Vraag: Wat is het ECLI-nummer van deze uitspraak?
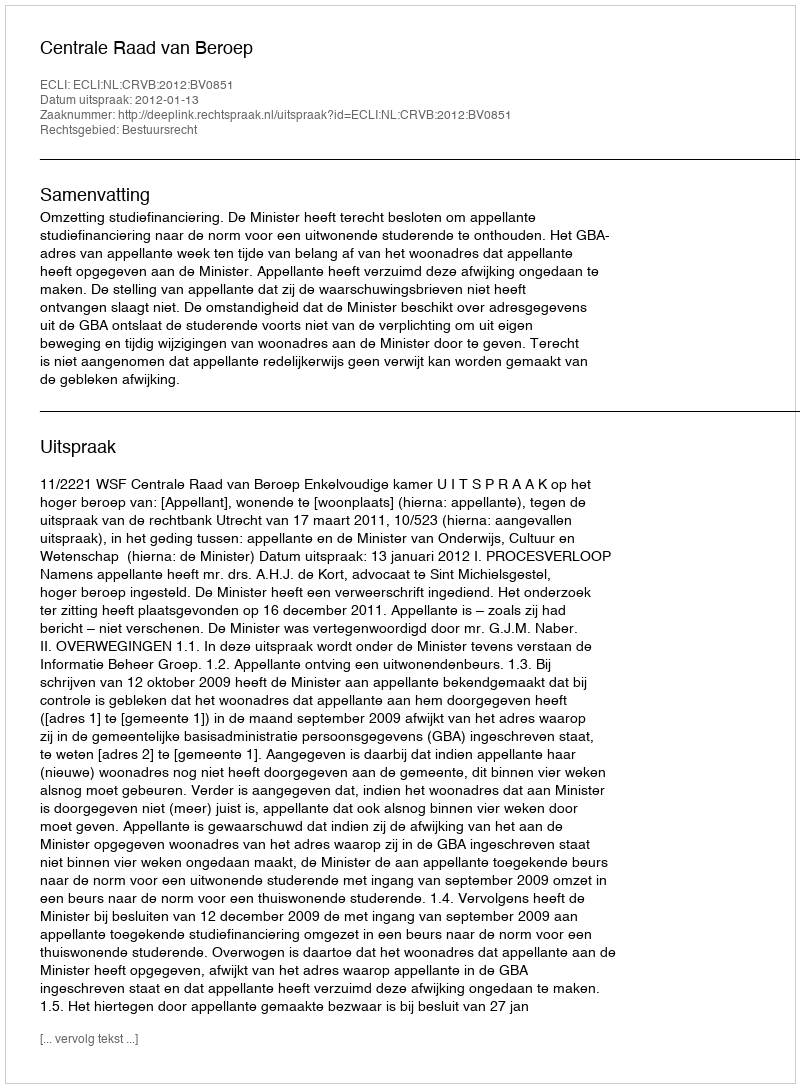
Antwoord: ECLI:NL:CRVB:2012:BV0851